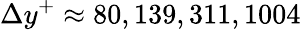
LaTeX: \Delta y^{+}\approx 80,139,311,1004